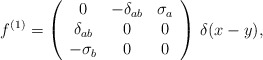
\begin{align*}f^{(1)}=\left(\begin{array}{ccc}0 & -\delta_{ab} & \sigma_a \\\delta_{ab} & 0 & 0 \\-\sigma_b & 0 & 0\end{array}\right)\,\delta(x-y),\end{align*}